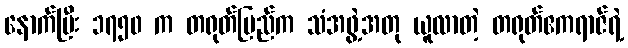
နောက်ပြီး ၁၇၅၀ က တရုတ်ပြည်က သံအဖွဲ့အတု ယူလာတဲ့ တရုတ်ဧကရာဇ်ရဲ့